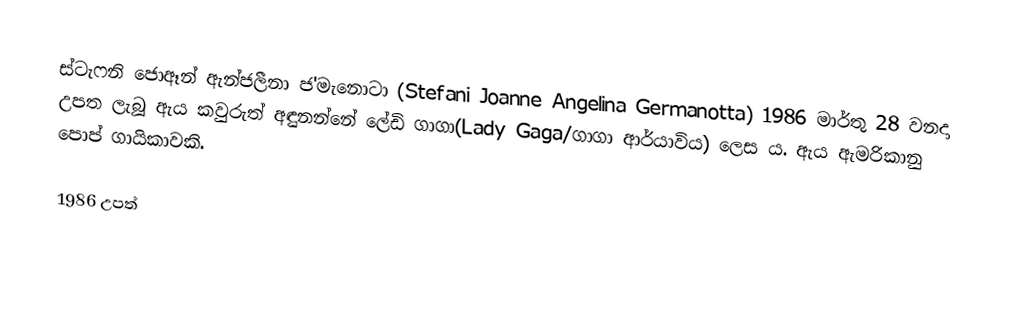
ස්ටැෆනි ජොඈන් ඇන්ජලීනා ජ'මැනොටා (Stefani Joanne Angelina Germanotta) 1986 මාර්තු 28 වනදා උපත ලැබූ ඇය කවුරුත් අඳුනන්නේ ලේඩි ගාගා(Lady Gaga/ගාගා ආර්යාවිය) ලෙස ය. ඇය ඇමරිකානු පොප් ගායිකාවකි.

1986 උපත්